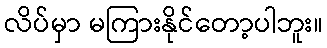
လိပ်မှာ မကြားနိုင်တော့ပါဘူး။